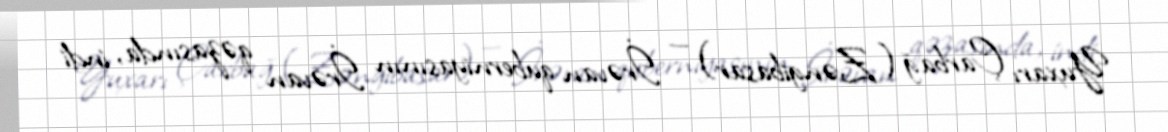
Yuxarı Çarbağ (Zəngibasar) — İrəvan quberniyasının İrəvan qəzasında, indi